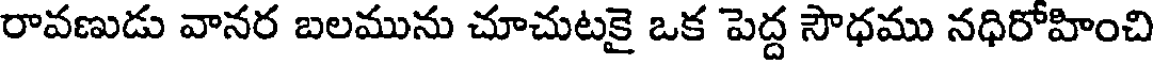
రావణుడు వానర బలమును చూచుటకై ఒక పెద్ద సౌధము నధిరోహించి